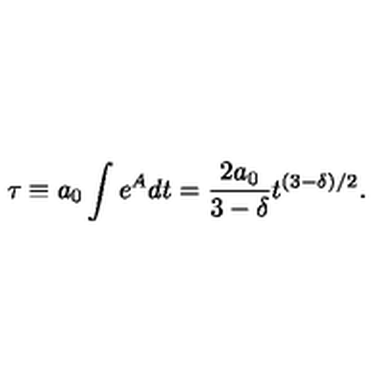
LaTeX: \tau \equiv a _ { 0 } \int e ^ { A } d t = \frac { 2 a _ { 0 } } { 3 - \delta } t ^ { ( 3 - \delta ) / 2 } .